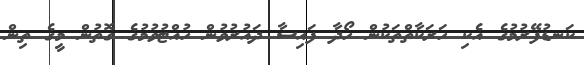
ކަނޑުފޭރުމުގެ އެކި ހަރަކާތްތަކުން ހޯދާ ފައިސާ ދައުރުވުން ހުއްޓުވުމުގެ ގޮތުން މީގެ ތިން